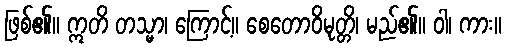
ဖြစ်၏။ ဣတိ တသ္မာ၊ ကြောင့်။ စေတောဝိမုတ္တိ၊ မည်၏။ ဝါ၊ ကား။